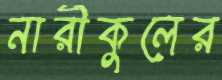
নারীকুলের